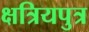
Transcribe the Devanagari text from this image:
क्षत्रियपुत्र